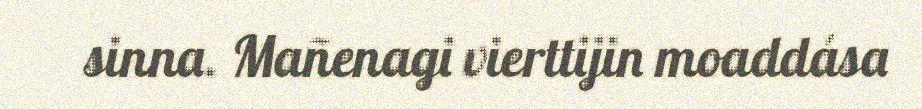
sinna. Mañenagi vierttijin moaddása